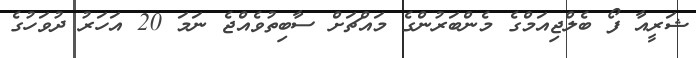
ޝަރީއާ ފޯ ބެލްޖިއަމްގެ މެންބަރުންގެ މައްޗަށް ސާބިތުވެއްޖެ ނަމަ 20 އަހަރު ދުވަހުގެ